Lunatic asylums in Bengal annual reports 1899-1911 - 1899-1911
Year: 1899
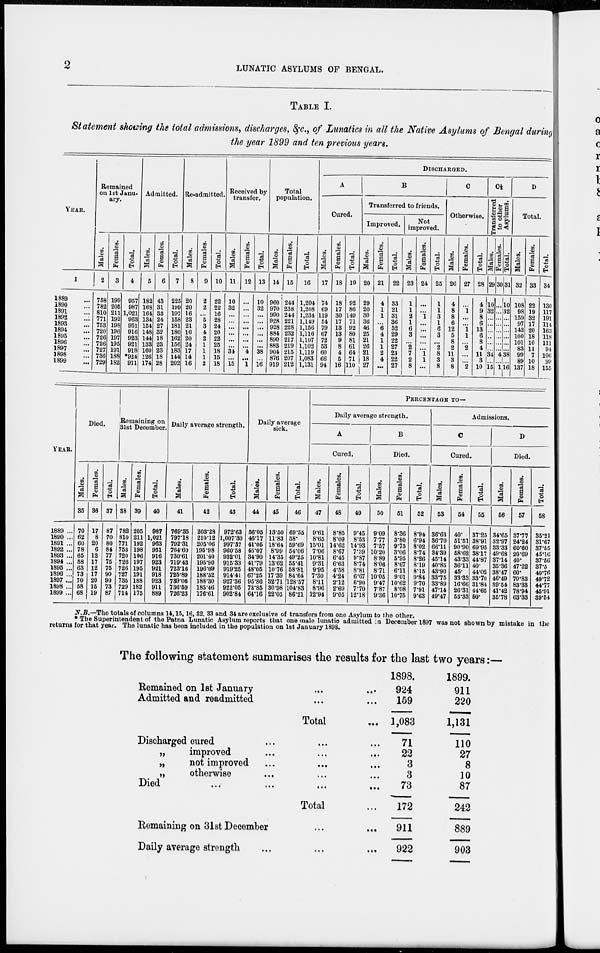
2
LUNATIC ASYLUMS OF BENGAL.
TABLE I.
Statement showing the total admissions, discharges, &c., of Lunatics in all the Native Asylums of Bengal during
the year 1899 and ten previous years.
YEAR.
1
1889 ...
1890 ...
1891 ...
1892
...
1893 ...
1894 ...
1895 ...
1896 ...
1897 ...
1898 ...
1899 ...
Remained
on 1st Janu-
ary.
Males.
2
758
782
810
771
753
720
726
726
727
736
729
Females.
3
199
205
211
192
198
196
197
195
191
188
182
Total.
4
957
987
1,021
963
951
916
923
921
918
*924
911
Admitted.
Males.
5
182
168
164
134
154
148
144
133
160
126
174
Females.
6
43
31
33
24
27
32
18
23
23
18
28
Total.
7
225
199
197
158
181
180
162
156
183
144
202
Re-admitted.
Males.
8
20
20
16
23
21
16
20
24
17
14
16
Females.
9
2
2
...
5
3
4
2
1
1
1
2
Total.
10
22
22
16
28
24
20
22
25
18
15
18
Received by
transfer.
Males.
11
10
32
...
...
...
...
...
...
34
...
15
Females.
12
...
...
...
...
...
...
...
...
4
...
1
Total.
13
10
32
...
...
...
...
...
...
38
...
16
Total
population.
Males.
14
960
970
990
928
928
884
890
883
904
876
919
Females.
15
244
238
244
221
228
232
217
219
215
207
212
Total.
16
1,204
1,208
1,234
1,149
1,156
1,116
1,107
1,102
1,119
1,083
1,131
DISCHARGED.
A
Cured.
Males.
17
74
69
119
54
79
67
72
53
60
66
94
Females.
18
18
17
30
17
13
13
9
8
4
5
16
Total.
19
92
86
149
71
92
80
81
61
64
71
110
B
Transferred to friends.
Improved.
Males.
20
29
20
30
36
46
25
21
26
21
18
27
Females.
21
4
1
1
...
6
4
1
1
2
4
...
Total.
22
33
21
31
36
52
29
22
27
23
22
27
Not
improved.
Males.
23
1
1
2
1
6
3
...
2
7
2
8
Females.
24
...
...
1
...
...
...
...
...
1
1
...
Total.
25
1
1
3
1
6
3
...
2
8
3
8
C
Otherwise.
Males.
26
4
8
8
6
12
5
8
2
11
3
8
Females.
27
...
1
...
...
1
1
...
2
...
...
2
Total.
28
4
9
8
6
13
6
8
4
11
3
10
C½
Transferred
to other
Asylums.
Males.
29
10
32
...
...
...
...
...
...
34
...
15
Females.
30
...
...
...
...
...
...
...
...
4
...
1
Total.
31
10
32
...
...
...
...
...
...
38
...
16
D
Total.
Males.
32
108
98
159
97
143
100
101
83
99
89
137
Females.
33
22
19
32
17
20
18
10
11
7
10
18
Total.
34
130
117
191
114
163
118
111
94
106
99
155
YEAR.
1889 ...
1890 ...
1891 ...
1892 ...
1893 ...
1894 ...
1895 ...
1896 ...
1897 ...
1898 ...
1899 ...
Died.
Males.
35
70
62
60
78
65
58
63
73
70
58
68
Females.
36
17
8
20
6
12
17
12
17
20
15
19
Total.
37
87
70
80
84
77
75
75
90
90
73
87
Remaining on
31st December.
Males.
38
782
810
771
753
720
726
726
727
735
729
714
Females.
39
205
211
192
198
196
197
195
191
188
182
175
Total.
40
987
1,021
963
951
916
923
921
918
923
911
889
Daily average strength.
Males.
41
769.35
797.18
792.31
764.60
730.61
719.43
723.16
725.89
739.06
736.59
726.23
Females.
42
203.28
210.12
205.06
195.98
201.40
195.90
196.09
188.52
188.30
185.46
176.61
Total.
43
972.63
1,007.30
997.37
960.58
932.01
915.33
919.25
914.41
927.36
922.05
902.84
Daily average
sick.
Males.
44
56.05
46.17
41.05
45.07
34.90
41.79
48.05
67.25
95.86
73.85
64.16
Females.
45
13.50
11.83
18.64
8.99
14.35
13.62
10.76
17.39
32.71
30.98
22.05
Total.
46
69.55
58.
59.69
54.06
49.25
55.41
58.81
84.64
128.57
104.83
86.21
PERCENTAGE TO—
Daily average strength.
A
Cured.
Males.
47
9.61
8.65
15.01
7.06
10.81
9.31
9.95
7.30
8.11
8.96
12.94
Females.
48
8.85
8.09
14.62
8.67
6.45
6.63
4.58
4.24
2.12
2.69
9.05
Total.
49
9.45
8.53
14.93
7.39
9.87
8.74
8.81
6.67
6.90
7.70
12.18
B
Died.
Males.
50
9.09
7.77
7.57
10.20
8.89
8.06
8.71
10.05
9.47
7.87
9.36
Females.
51
8.36
3.80
9.75
3.06
5.95
8.67
6.11
9.01
10.62
8.08
10.75
Total.
52
8.94
6.94
8.02
8.74
8.26
8.19
8.15
9.84
9.70
7.91
9.63
Admissions.
C
Cured.
Males.
53
36.63
36.70
66.11
34.39
45.14
40.85
43.90
33.75
33.89
47.14
49.47
Females.
54
40.
51.51
90.90
58.62
43.33
36.11
45.
33.33
16.66
26.31
53.33
Total.
55
37.25
38.91
69.95
38.17
44.97
40.
44.02
33.70
31.84
44.65
50.
D
Died.
Males.
56
34.65
32.97
33.33
49.68
37.14
35.36
38.47
46.49
39.54
41.42
35.78
Females.
57
37.77
24.24
60.60
20.69
40.
47.22
60.
70.83
83.33
78.94
63.33
Total.
58
35.21
31.67
37.55
45.16
37.56
37.5
40.76
49.72
44.77
45.91
39.54
N.B.— The totals of columns 14,15,16, 32, 33 and 34 are exclusive of transfers from one Asylum to the other.
*The Superintendent of the Patna Lunatic Asylum reports that one male lunatic admitted in December 1897 was not shown by mistake in the
returns for that year. The lunatic has been included in the population on 1st January 1898.
The following statement summarises the results for the last two years:—
Remained on 1st January ... ...
Admitted and readmitted ... ...
Total ...
Discharged cured ... ... ...
„
improved ... ... ...
„
not improved ... ... ...
„
otherwise ... ... ...
Died
...
...
...
...
Total ...
Remaining on 31st December
...
...
Daily average strength ... ... ...
1898.
924
159
1,083
71
22
3
3
73
172
911
922
1899.
911
220
1,131
110
27
8
10
87
242
889
903